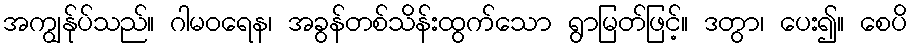
အကျွန်ုပ်သည်။ ဂါမဝရေန၊ အခွန်တစ်သိန်းထွက်သော ရွာမြတ်ဖြင့်။ ဒတွာ၊ ပေး၍။ စေပိ